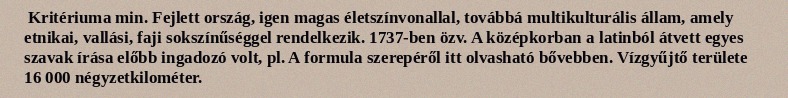
Kritériuma min. Fejlett ország, igen magas életszínvonallal, továbbá multikulturális állam, amely etnikai, vallási, faji sokszínűséggel rendelkezik. 1737-ben özv. A középkorban a latinból átvett egyes szavak írása előbb ingadozó volt, pl. A formula szerepéről itt olvasható bővebben. Vízgyűjtő területe 16 000 négyzetkilométer.